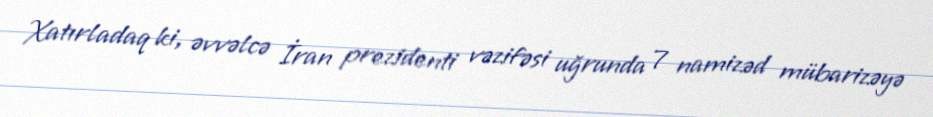
Xatırladaq ki, əvvəlcə İran prezidenti vəzifəsi uğrunda 7 namizəd mübarizəyə